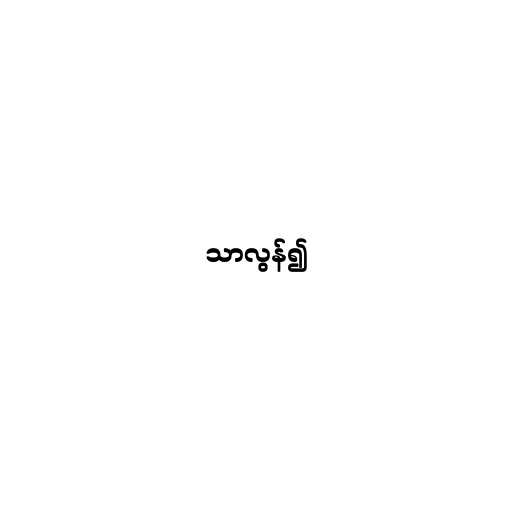
သာလွန်၍